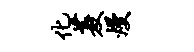
化菱熳